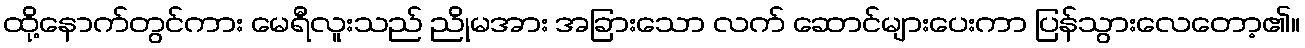
ထို့နောက်တွင်ကား မေရီလူးသည် ညိုမအား အခြားသော လက် ဆောင်များပေးကာ ပြန်သွားလေတော့၏။